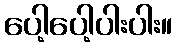
ပေါ့ပေါ့ပါးပါး။